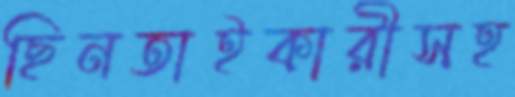
ছিনতাইকারীসহ